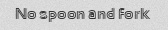
No spoon and fork